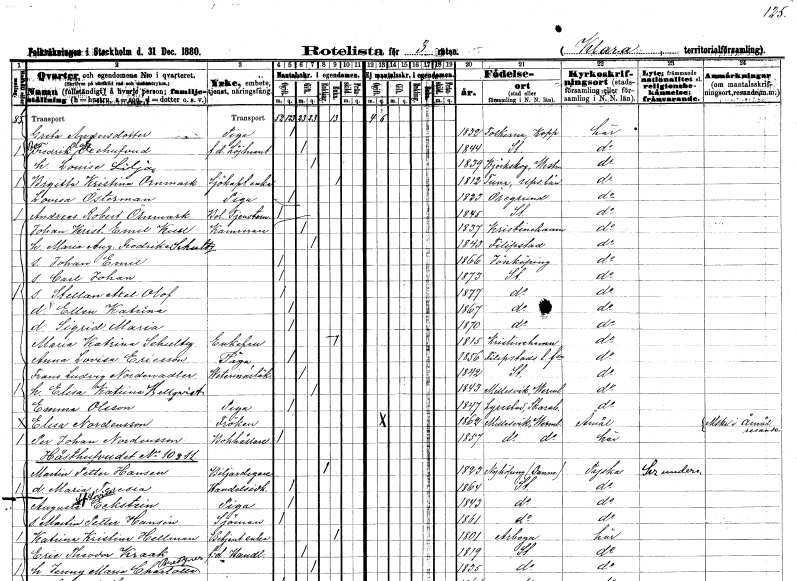
gt_parse: households: individuals: FN: Greta
EN: Andersdotter
YRKE: Piga
KON: K
CIV: O
FODAR: 1832
FODFORS: Folkärna Kopparbergs län
FN: Bo Fredrik Olof
EN: Oxehufvud
YRKE: Löjtnant f.d.
KON: M
CIV: G
FODAR: 1844
FODFORS: Stockholm
FN: Louise
EN: Lilja
KON: K
CIV: G
FODAR: 1839
FODFORS: Björskog Västmanlands län
FN: Brigitta Kristina
EN: Örnmark
YRKE: Sjökaptensänka
KON: K
CIV: E
FODAR: 1812
FODFORS: Tuna Uppsala län
FN: Lovisa
EN: Österman
YRKE: Piga
KON: K
CIV: O
FODAR: 1823
FODFORS: Öregrund Uppsala län
FN: Andreas Robert
EN: Örnmark
YRKE: Tjänsteman bol.
KON: M
CIV: O
FODAR: 1845
FODFORS: Stockholm
FN: Johan Kristian Emil
EN: Kull
YRKE: Kamrerare
KON: M
CIV: G
FODAR: 1837
FODFORS: Kristinehamn Värmlands län
FN: Maria Augusta Fredrika
EN: Schultz
KON: K
CIV: G
FODAR: 1843
FODFORS: Filipstad Värmlands län
FN: Johan Emil
KON: M
CIV: O
FODAR: 1866
FODFORS: Jönköping Jönköpings län
FN: Carl Johan
KON: M
CIV: O
FODAR: 1873
FODFORS: Stockholm
FN: Stellan Axel Olof
KON: M
CIV: O
FODAR: 1877
FODFORS: Stockholm
FN: Ellen Katrina
KON: K
CIV: O
FODAR: 1867
FODFORS: Stockholm
FN: Sigrid Maria
KON: K
CIV: O
FODAR: 1870
FODFORS: Stockholm
FN: Maria Katrina
EN: Schultz
KON: K
CIV: E
FODAR: 1815
FODFORS: Kristinehamn Värmlands län
FN: Anna Lovisa
EN: Ericsson
YRKE: Piga
KON: K
CIV: O
FODAR: 1856
FODFORS: Filipstads landsförsamling Värmlands län
FN: Frans Ludvig
EN: Nordenadler
YRKE: Veterinärläkare
KON: M
CIV: G
FODAR: 1842
FODFORS: Stockholm
FN: Elisa Katrina
EN: Hellqvist
KON: K
CIV: G
FODAR: 1843
FODFORS: Millesvik Värmlands län
FN: Emma
EN: Olsson
YRKE: Piga
KON: K
CIV: O
FODAR: 1847
FODFORS: Lyrestad Skaraborgs län
FN: Elisa
EN: Nordensson
KON: K
CIV: O
FODAR: 1862
FODFORS: Millesvik Värmlands län
FN: Per Johan
EN: Nordensson
YRKE: Bokhållare
KON: M
CIV: O
FODAR: 1857
FODFORS: Millesvik Värmlands län
FN: Martin Petter
EN: Hansen
YRKE: Biljardägare
KON: M
CIV: E
FODAR: 1823
FN: Maria Teresia
YRKE: Handelsidkare
KON: K
CIV: O
FODAR: 1864
FODFORS: Stockholm
FN: Augusta Sofia Lovisa
EN: Eckstein
YRKE: Piga
KON: K
CIV: O
FODAR: 1843
FODFORS: Stockholm
FN: Martin Petter
EN: Hansen
YRKE: Sjöman
KON: M
CIV: O
FODAR: 1861
FODFORS: Stockholm
FN: Katrina Kristina
EN: Hellman
YRKE: Betjäntänka
KON: K
CIV: E
FODAR: 1801
FODFORS: Arboga Västmanlands län
FN: Eric Theodor
EN: Kraak
YRKE: Handlande f.d.
KON: M
CIV: G
FODAR: 1819
FODFORS: Stockholm
FN: Jenny Maria Charlotta
EN: Bretzner
KON: K
CIV: G
FODAR: 1835
FODFORS: Stockholm